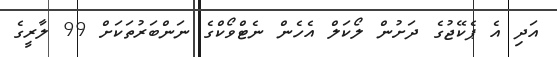
އަދި އެ ޕެކޭޖުގެ ދަށުން ލޯކަލް އެހެން ނެޓްވޯކްގެ ނަންބަރުތަކަށް 99 ލާރީގެ